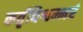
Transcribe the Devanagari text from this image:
कर्तृविश्वम्भरं